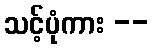
သင့်ပုံကား --